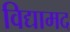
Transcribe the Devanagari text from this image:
विद्यामद